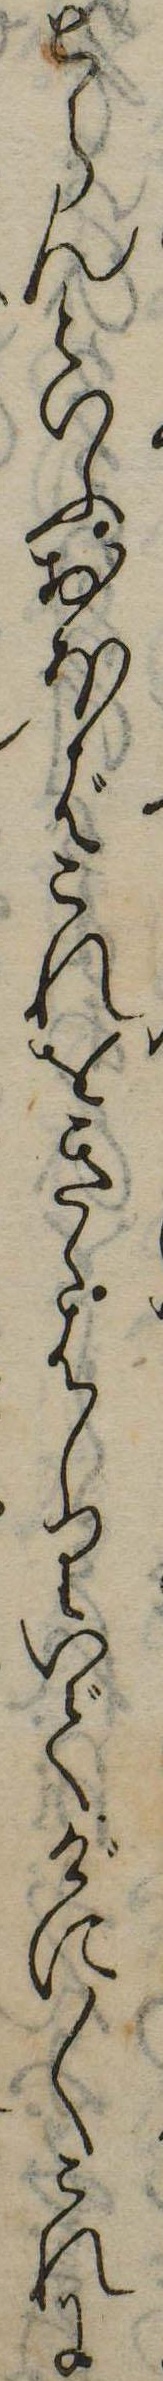
とらんといふおほばこれをきゝはしりいでげに〱これに